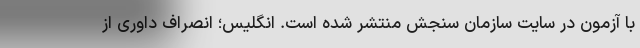
با آزمون در سایت سازمان سنجش منتشر شده است. انگلیس؛ انصراف داوری از